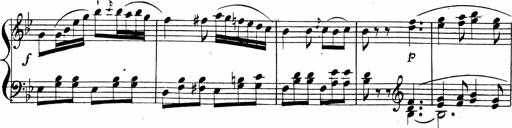
Title: 2 Piano Sonatinas
Composer: Ferdinand Ries